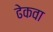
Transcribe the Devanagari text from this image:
ढेकवा